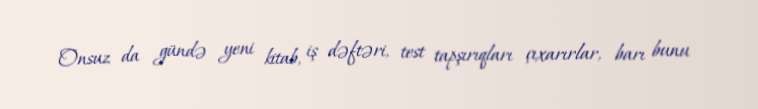
Onsuz da gündə yeni kitab, iş dəftəri, test tapşırıqları çıxarırlar, barı bunu